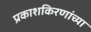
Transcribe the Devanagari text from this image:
प्रकाशकिरणांच्या